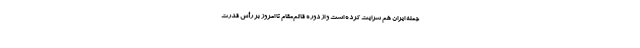
جمله ایران هم سرایت کرده است و از دوره قائم‌مقام تا امروز بر رأس قدرت